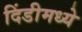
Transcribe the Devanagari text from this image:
दिंडीमध्ये